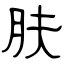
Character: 肤